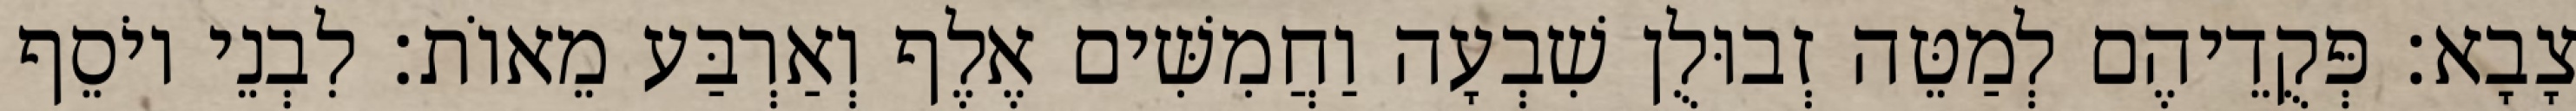
צָבָא׃ פְּקֻדֵיהֶם לְמַטֵּה זְבוּלֻן שִׁבְעָה וַחֲמִשִּׁים אֶלֶף וְאַרְבַּע מֵאוֹת׃ לִבְנֵי יוֹסֵף